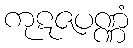
ကုဋဇပဏ္ဏံ